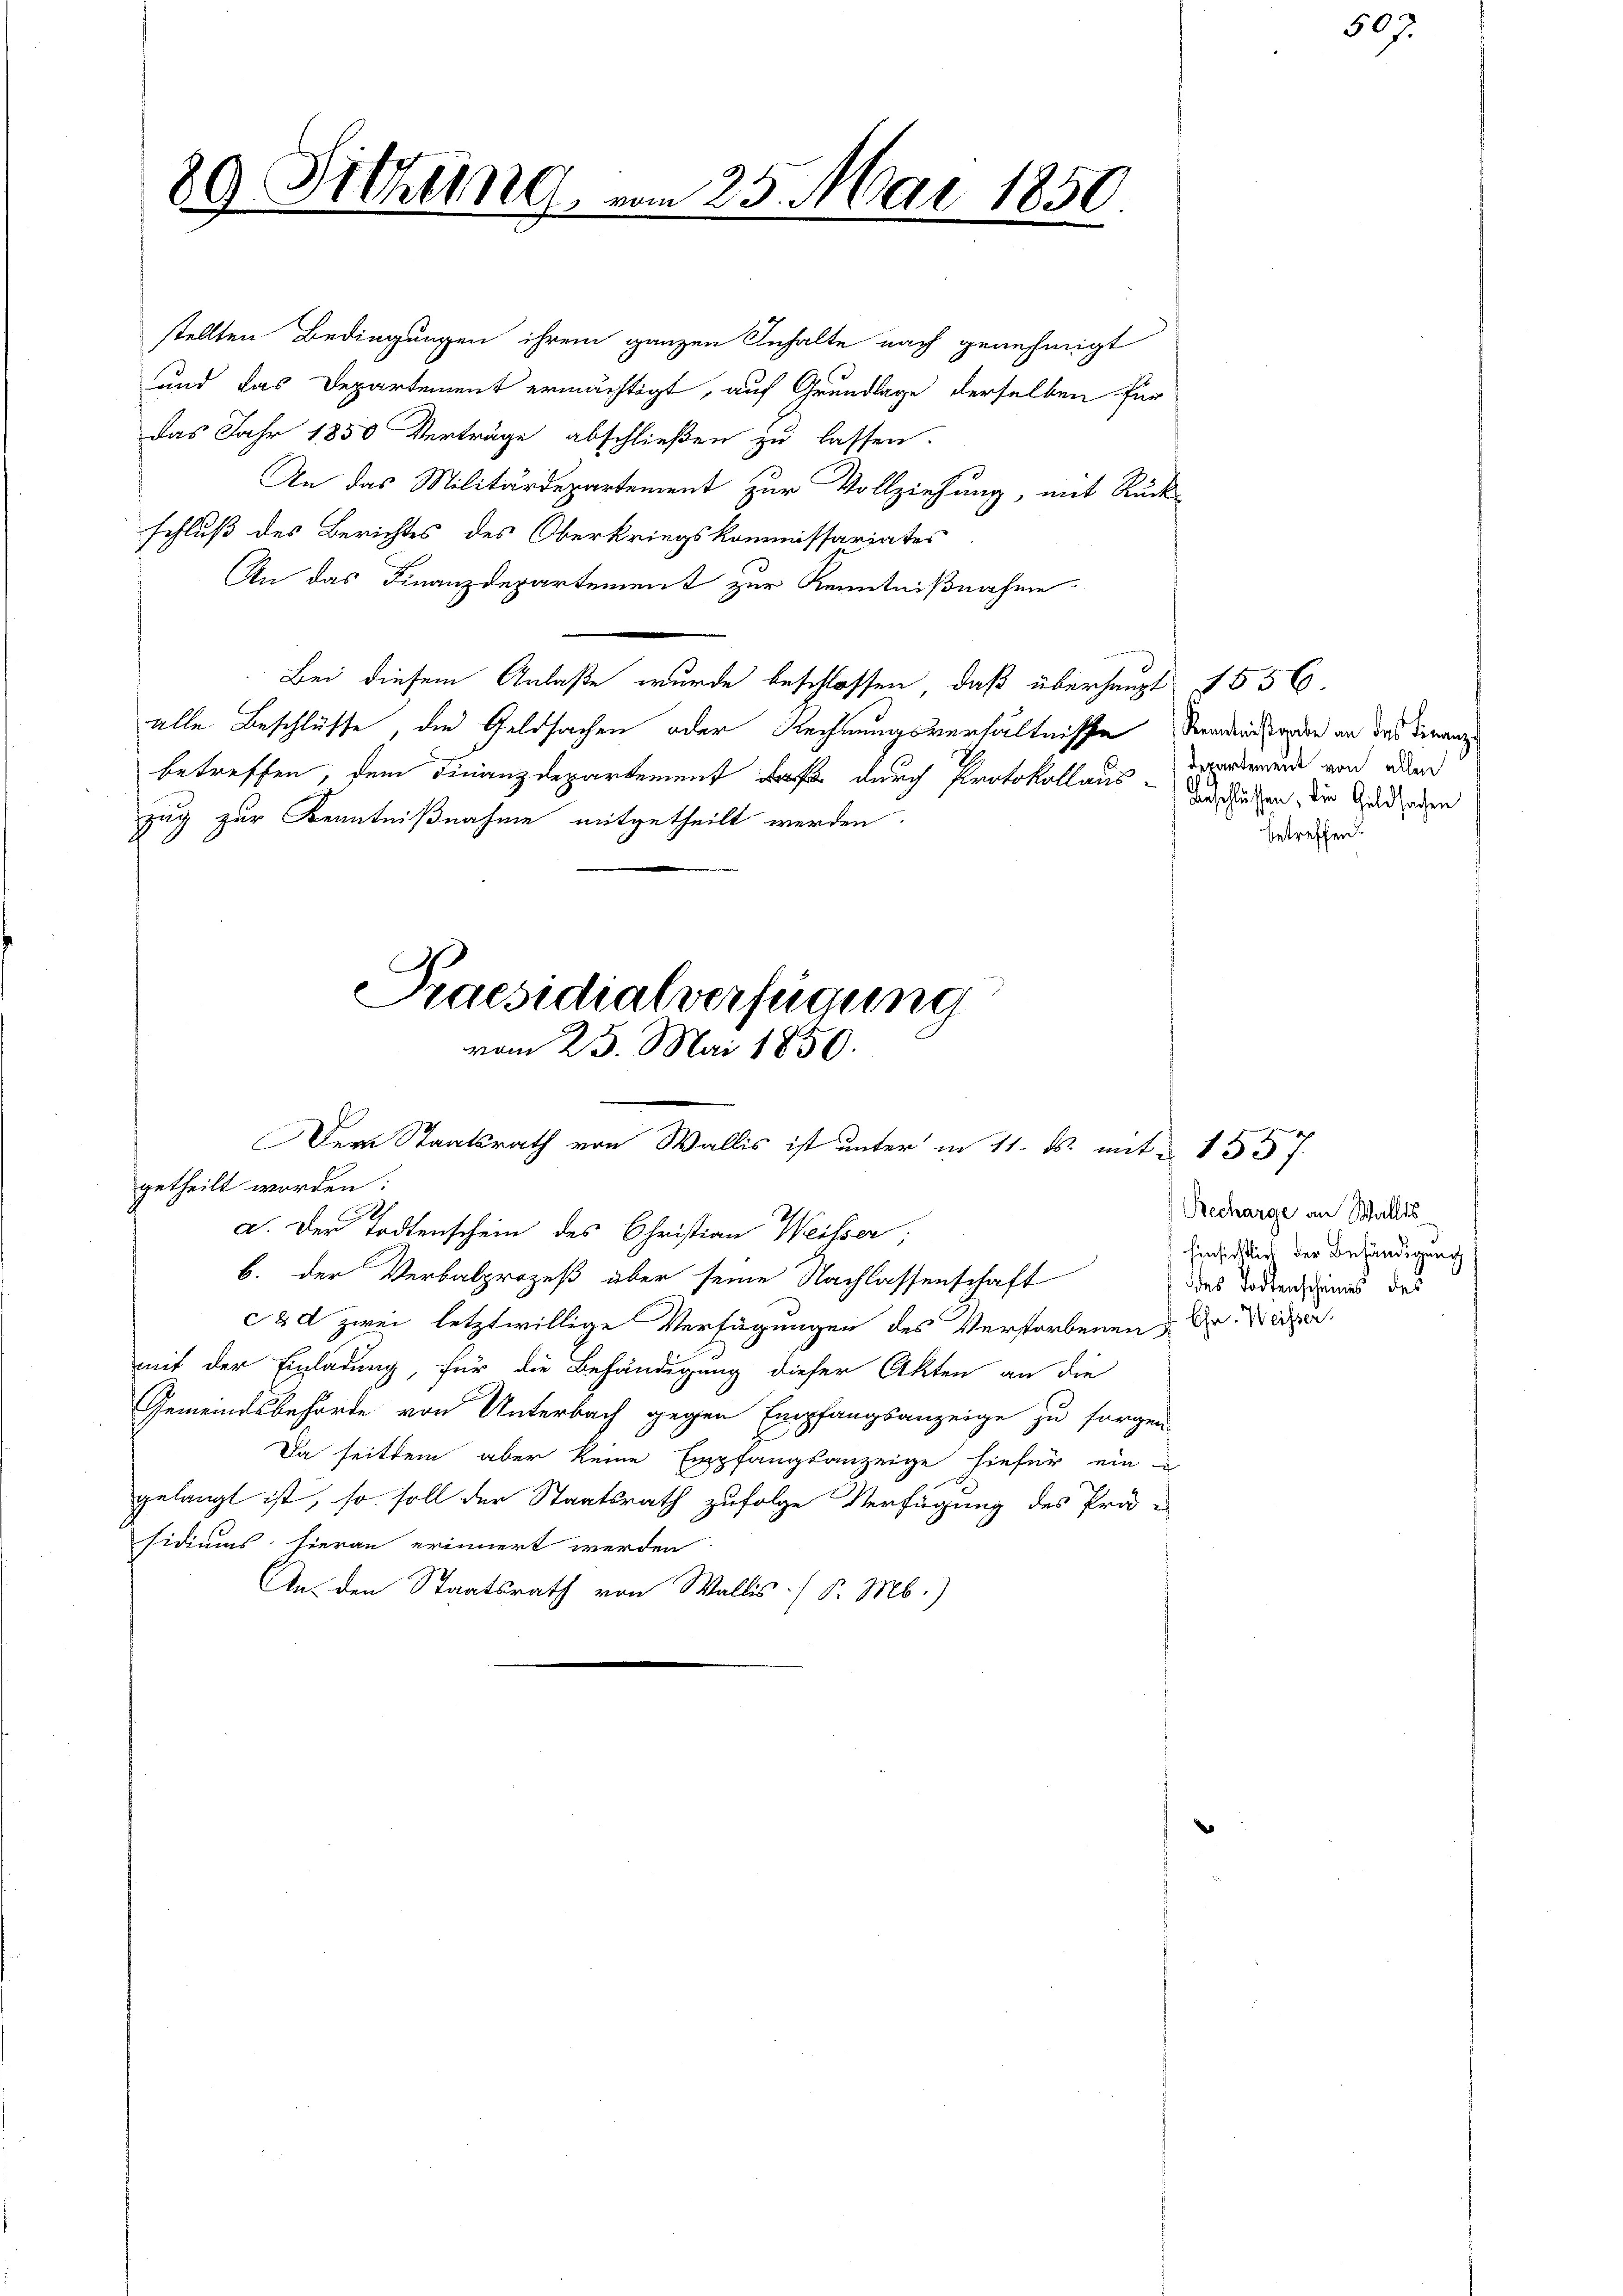
stellten Bedingungen ihrem ganzen Inhalte nach genehmigt
und das Departement ermächtigt, auf Grundlage derselben für
das Jahr 1850 Verträge abschließen zu lassen.
An das Militärdepartement zur Vollziehung, mit Rück-
schluß des Berichtes des Oberkriegskommissariates
An das Finanzdepartement zur Kenntnißnahme
Bei diesem Anlaße wurde beschlossen, daß überhaupt 1556.
alle Beschlüsse, die Geldsachen oder Rechnungsverhältnisse Verden orden an das Finanz
betreffen, dem Finanzdepartement darf durch Protokollaus Ansuchen, die Gedenen
zug zur Kenntnißnahme mitgetheilt werden.
Praesidialverfügung
vom 25. Mai 1850.
Der Staatsrath von Wallis ist unter in 11. ds. mit 1557.
getheilt worden:
2
a. Der Todtenschein des Christian Weisser,
b. der Verbalprozeß aber seine Nachlassenschaft
c d zwei letztwillige Verfügungen des Verstorbenen u Dr. Weizer.
mit der Einladung, für die Behändigung dieser Akten an die
Gemeindsbehörde von Unterbach gegen Empfangsanzeige zu sorgen
Da seitdem aber keine Empfangsanzeige hiefür ein
gelangt ist, so soll der Staatsrath zufolge Verfügung des Prä-
sidiums hieran erinnert werden
An den Staatsrath von Wallis. P. M.)

29 Sitzung.

25. Mai 1850.

Departement von allen
betreffen.

Recharge an Wallis
Einsichtlich der Behändigung
des Todtenscheines des

507.